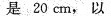
是20cm，以